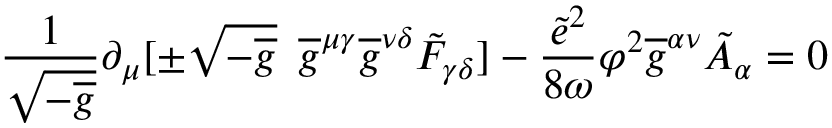
\frac { 1 } { \sqrt { - \overline { { { g } } } } } \partial _ { \mu } [ \pm \sqrt { - \overline { { { g } } } } \enspace \overline { { { g } } } ^ { \mu \gamma } \overline { { { g } } } ^ { \nu \delta } \tilde { F } _ { \gamma \delta } ] - \frac { \tilde { e } ^ { 2 } } { 8 \omega } \varphi ^ { 2 } \overline { { { g } } } ^ { \alpha \nu } \tilde { A } _ { \alpha } = 0